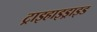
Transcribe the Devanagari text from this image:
ट्राइहाइड्राइड